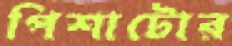
পিশাটোর